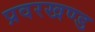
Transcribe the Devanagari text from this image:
प्रवरखण्ड